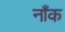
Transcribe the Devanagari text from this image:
नाँक